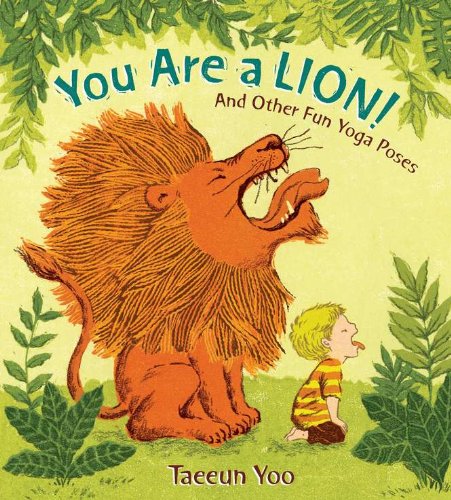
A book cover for You Are a Lion! and Other Fun Yoga Poses; Tae-Eun Yoo; Health, Fitness & Dieting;